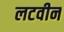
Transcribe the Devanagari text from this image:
लटवीन